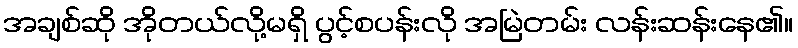
အချစ်ဆို အိုတယ်လို့မရှိ ပွင့်စပန်းလို အမြဲတမ်း လန်းဆန်းနေ၏။